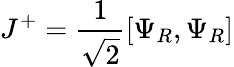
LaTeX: J^{+}={\frac{1}{\sqrt 2}}[\Psi_{R},\Psi_{R}]